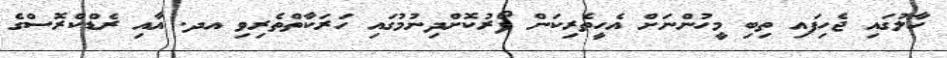
ހާލުގައި ޖެހިފައި ތިބި މީހުންނަށް އެހީތެރިކަން ފޯރުކޮށްދިނުމުގައި ހަރަކާތްތެރިވި އދ. އާއި ރެޑްކްރޮސްގެ